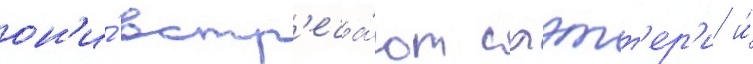
он'и́ встр'еча́ют слэтт'ер'и и́